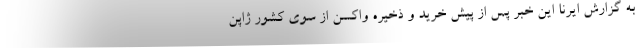
به گزارش ایرنا این خبر پس از پیش خرید و ذخیره واکسن از سوی کشور ژاپن